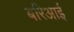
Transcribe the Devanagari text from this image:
बरिआई